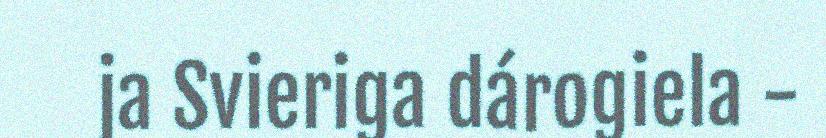
ja Svieriga dárogiela -